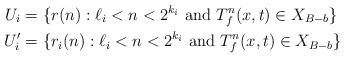
LaTeX: \begin{align*}U_i &= \{ r(n) : \ell_i < n < 2^{k_i} \textup{ and } T_f^n(x,t) \in X_{B-b} \}\\U_i' &= \{ r_i(n) : \ell_i < n < 2^{k_i} \textup{ and } T_f^n(x,t) \in X_{B-b} \}\end{align*}